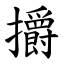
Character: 㩱